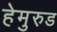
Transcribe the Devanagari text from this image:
हेमुरुड